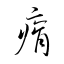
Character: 瘠